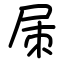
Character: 㞖